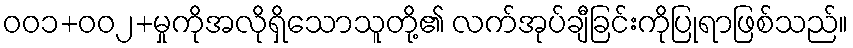
ဝဝ၁+ဝဝ၂+မှုကိုအလိုရှိသောသူတို့၏ လက်အုပ်ချီခြင်းကိုပြုရာဖြစ်သည်။